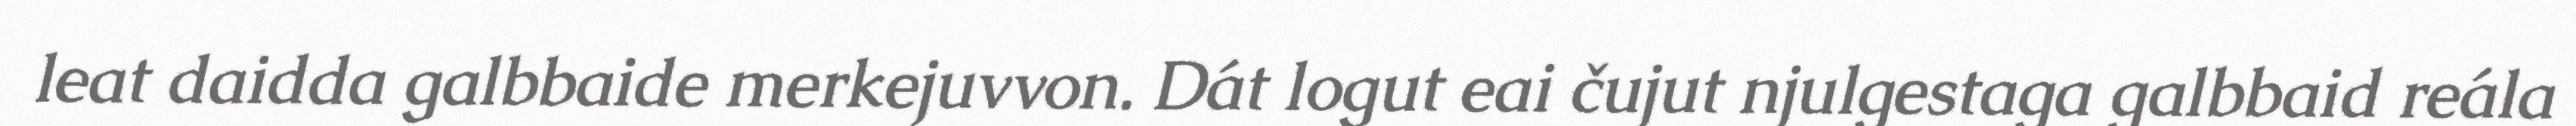
leat daidda galbbaide merkejuvvon. Dát logut eai čujut njulgestaga galbbaid reála